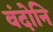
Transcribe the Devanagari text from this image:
वंदोनि